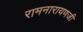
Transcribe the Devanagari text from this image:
रामनारायणजी